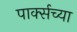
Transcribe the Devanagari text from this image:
पार्क्सच्या